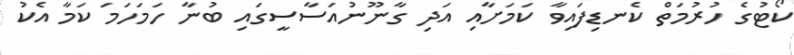
ކޯޓުގެ ހުރުމަތް ކެނޑިފައިވާ ކަަމަށާއި އަދި ގާނޫނުއަސާސީގައި ބުނާ ހަމަހަމަ ކަމާ އެކު